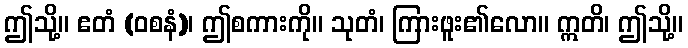
ဤသို့။ ဧတံ (ဝစနံ)၊ ဤစကားကို။ သုတံ၊ ကြားဖူး၏လော။ ဣတိ၊ ဤသို့။